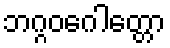
ဘဂ္ဂဝဂေါတ္တော